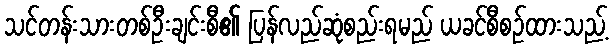
သင်တန်းသားတစ်ဦးချင်းစီ၏ ပြန်လည်ဆုံစည်းရမည် ယခင်စီစဉ်ထားသည့်